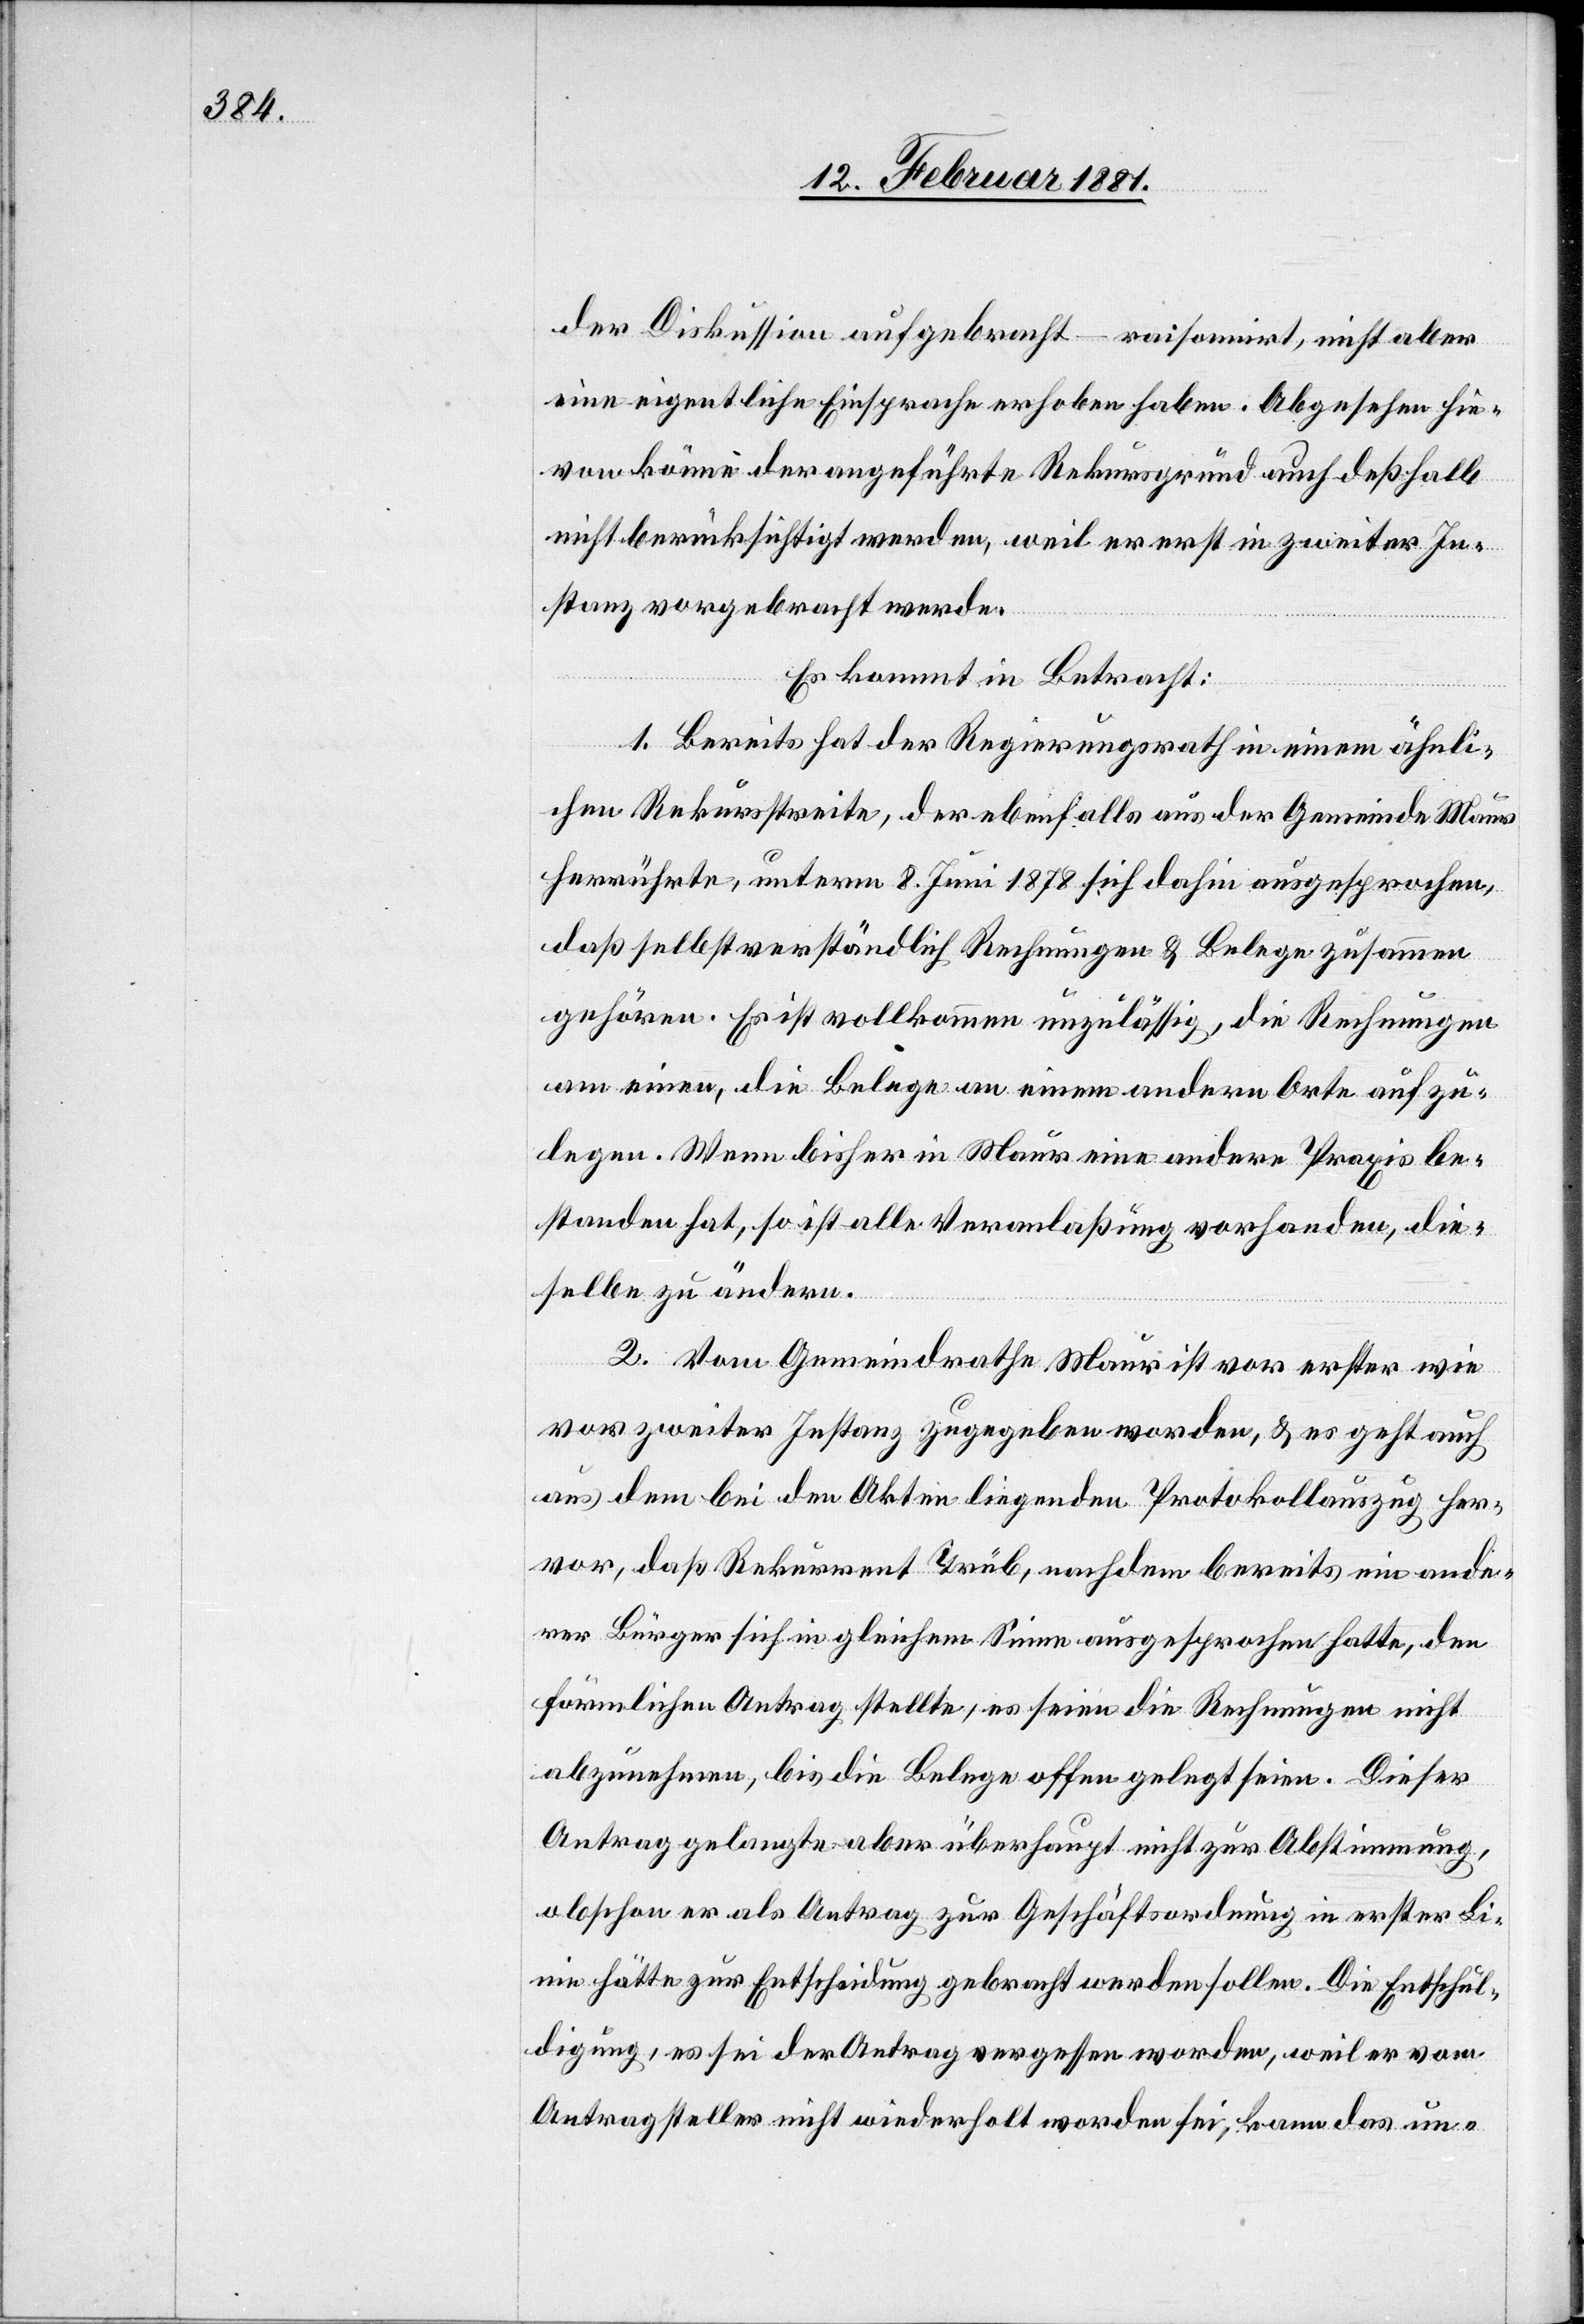
der Diskussion aufgebracht – raisonirt, nicht aber
eine eigentliche Einsprache erhoben haben. Abgesehen hie¬
von könne der angeführte Rekursgrund auch deßhalb
nicht berücksichtigt werden, weil er erst in zweiter In¬
stanz vorgebracht werde.
Es kommt in Betracht:
1. Bereits hat der Regierungsrath in einem ähnli¬
chen Rekursstreite, der ebenfalls aus der Gemeinde Maur
herrührte, unterm 8. Juni 1878 sich dahin ausgesprochen,
daß selbstverständlich Rechnungen & Belege zusammen
gehören. Es ist vollkommen unzulässig, die Rechnungen
am einen, die Belege an einem andern Orte aufzu¬
legen. Wenn bisher in Maur eine andere Praxis be¬
standen hat, so ist alle Veranlaßung vorhanden, die¬
selbe zu ändern.
2. Vom Gemeindrathe Maur ist vor erster wie
vor zweiter Instanz zugegeben worden, & es geht auch
aus dem bei den Akten liegenden Protokollauszug her¬
vor, daß Rekurrent Trüb, nachdem bereits ein ande¬
rer Bürger sich in gleichem Sinne ausgesprochen hatte, den
förmlichen Antrag stellte, es seien die Rechnungen nicht
abzunehmen, bis die Belege offen gelegt seien. Dieser
Antrag gelangte aber überhaupt nicht zur Abstimmung,
obschon er als Antrag zur Geschäftsordnung in erster Li¬
nie hätte zur Entscheidung gebracht werden sollen. Die Entschul¬
digung, es sei der Antrag vergessen worden, weil er vom
Antragsteller nicht wiederholt worden sei, kann das un-